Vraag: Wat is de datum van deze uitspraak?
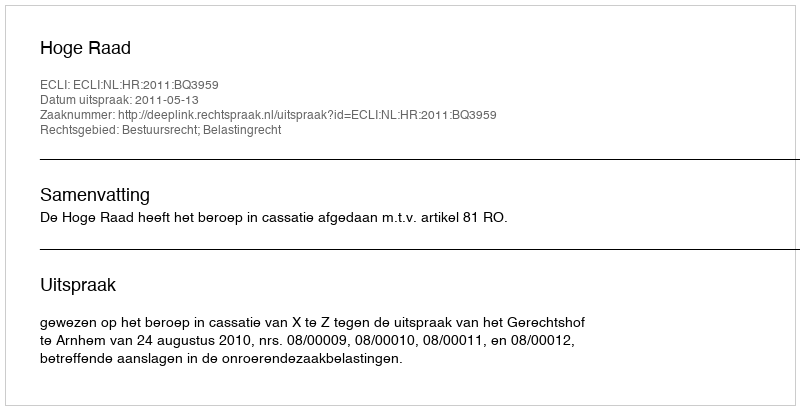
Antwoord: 2011-05-13